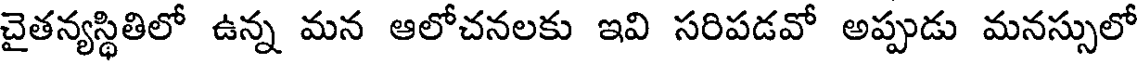
చైతన్యస్థితిలో ఉన్న మన ఆలోచనలకు ఇవి సరిపడవో అప్పుడు మనస్సులో